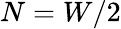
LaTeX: N=W/2